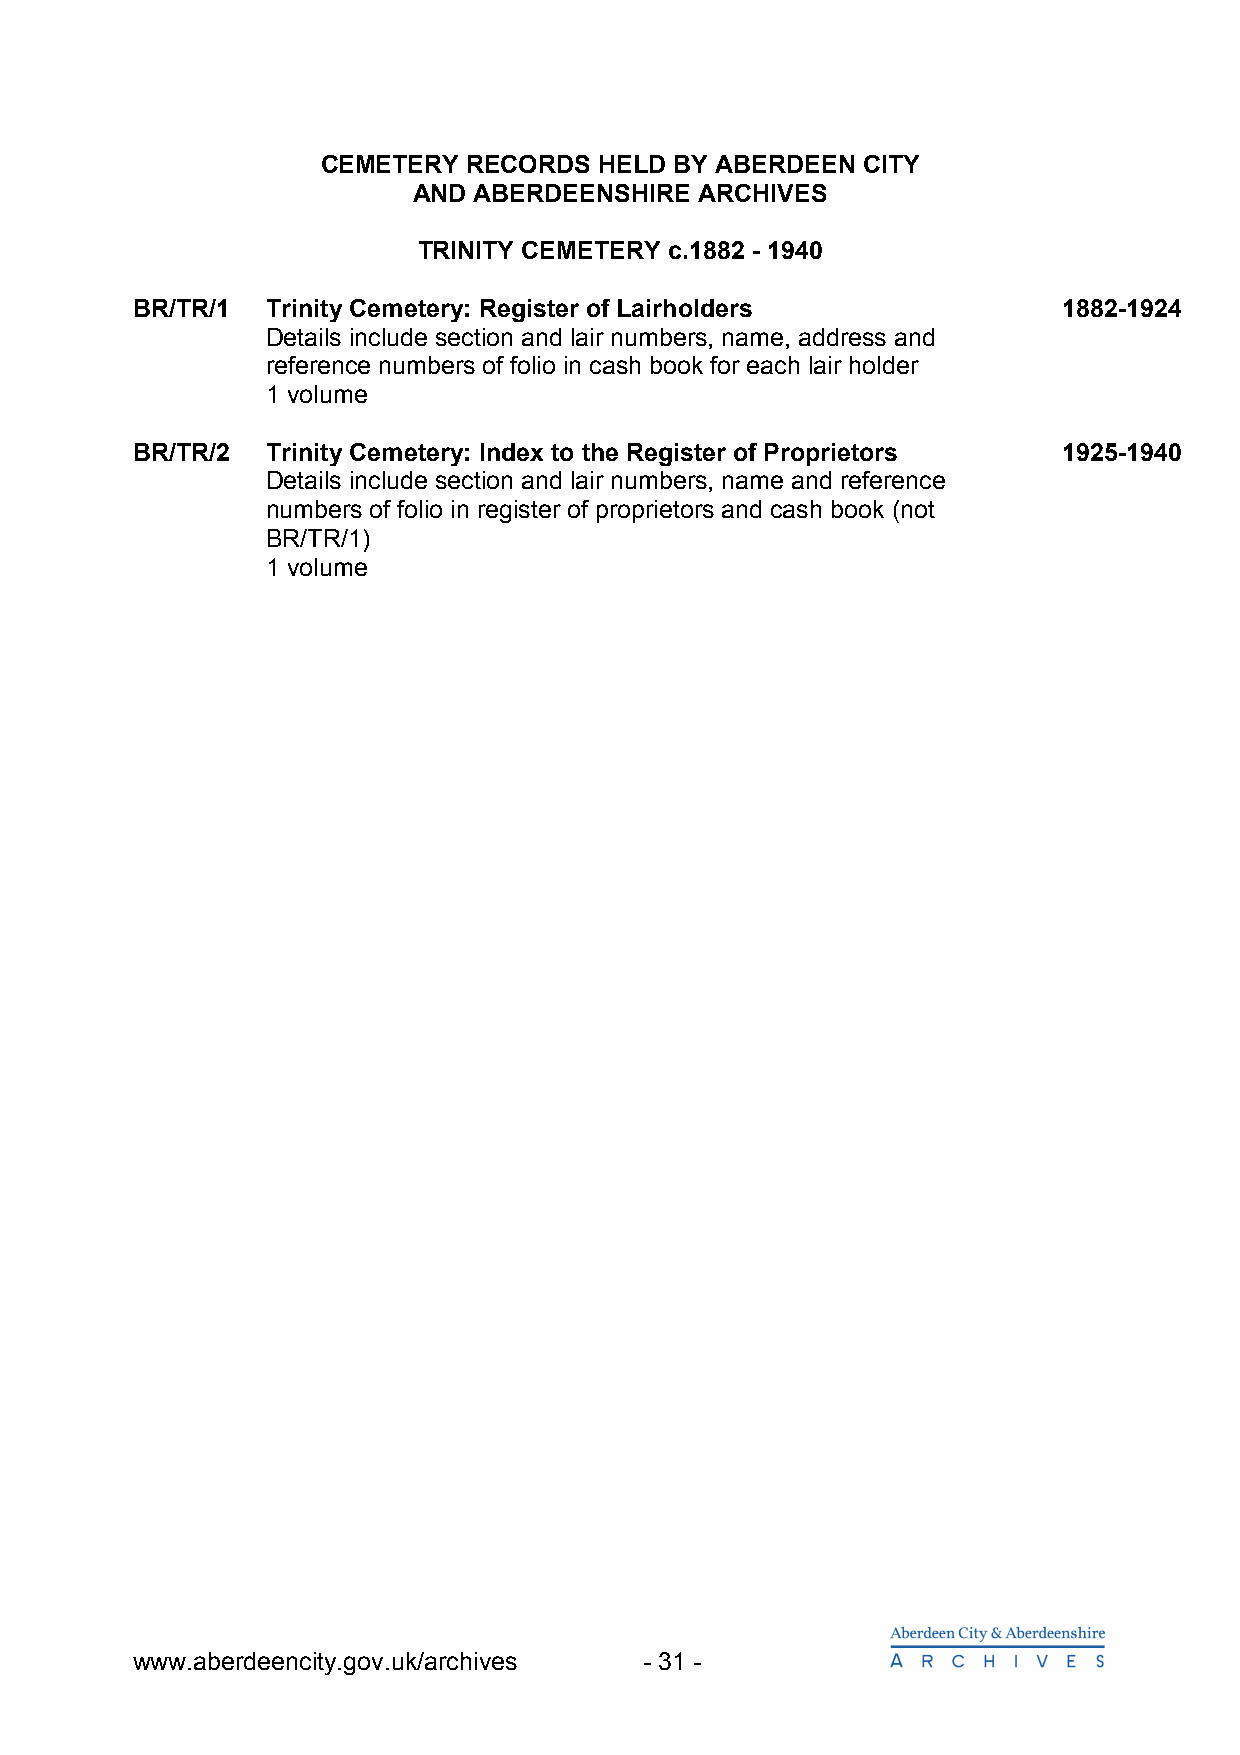
CEMETERY  RECORDS  HELD BY ABERDEEN CITY
 AND ABERDEENSHIRE  ARCHIVES
 TRINITY CEMETERY c.1882 - 1940
 BR/TR/1  Trinity Cemetery: Register of Lairholders           1882-1924
 Details include section and lair numbers, name, address and
 reference numbers of folio in cash book for each lair holder
 1 volume
 BR/TR/2  Trinity Cemetery: Index to the Register of Proprietors 1925-1940
 Details include section and lair numbers, name and reference
 numbers of folio in register of proprietors and cash book (not
 BR/TR/1)
 1 volume
 www.aberdeencity.gov.uk/archives  - 31 -